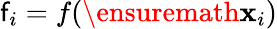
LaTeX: \mathsf{f}_{i}=f(\ensuremath{\mathbf{x}}_{i})